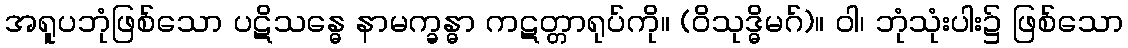
အရူပဘုံဖြစ်သော ပဋိသန္ဓေ နာမက္ခန္ဓာ ကဋတ္တာရုပ်ကို။ (ဝိသုဒ္ဓိမဂ်)။ ဝါ၊ ဘုံသုံးပါး၌ ဖြစ်သော